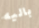
باليه